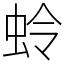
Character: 蛉